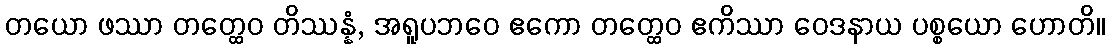
တယော ဖဿာ တတ္ထေဝ တိဿန္နံ, အရူပဘဝေ ဧကော တတ္ထေဝ ဧကိဿာ ဝေဒနာယ ပစ္စယော ဟောတိ။